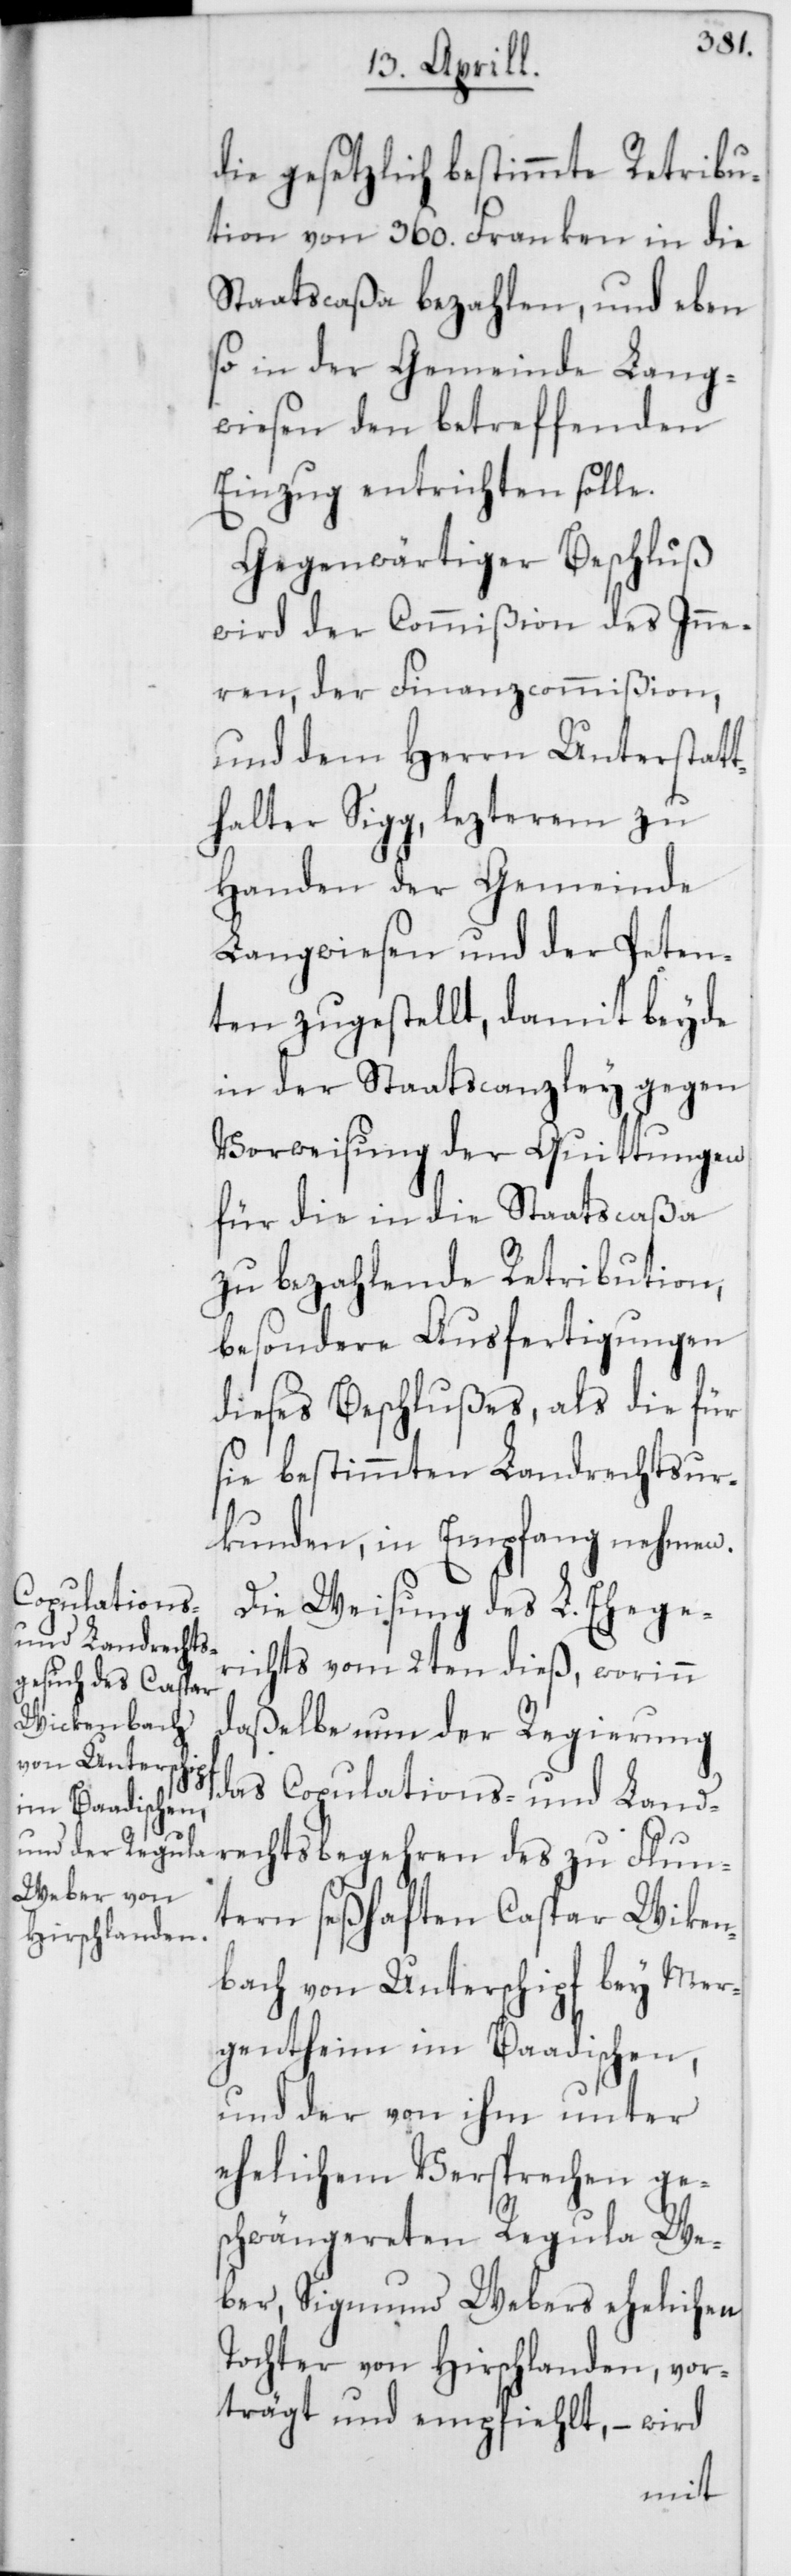
die gesetzlich bestimmte Retribu¬
tion von 360. Franken in die
Staatscaßa bezahlen, und eben
so in der Gemeinde Lang¬
wiesen den betreffenden
Einzug entrichten solle.
Gegenwärtiger Beschluß
wird der Commißion des Inne¬
ren, der Finanzcommißion,
und dem Herrn Unterstatt¬
halter Sigg, lezterem zu
Handen der Gemeinde
Langwiesen und der Peten¬
ten zugestellt, damit beyde
in der Staatscanzley gegen
Vorweisung der Quittungen
für die in die Staatscaßa
zu bezahlende Retribution,
besondere Ausfertigungen
dieses Beschlußes, als die für
sie bestimmten Landrechtsur¬
kunden, in Empfang nehmen.
Die Weisung des L. Eheger¬
ichts vom 2ten dieß, worinn
daßelbe nun der Regierung
das Copulations- und Land¬
rechtsbegehren des zu Flun¬
tern seßhaften Caspar Wiken¬
[sic!] von Unterschipf bey Mer¬
gentheim im Baadischen,
und der von ihm unter
ehelichem Versprechen ge¬
schwängereten Regula We¬
ber, Sigmund Webers ehelichen
Tochter von Hirschlanden, vor¬
trägt und empfiehlt, – wird
bach